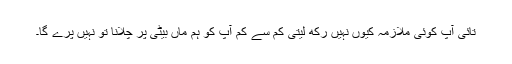
تائی آپ کوئی ملازمہ کیوں نہیں رکھ لیتی کم سے کم آپ کو ہم ماں بیٹی پر چلانا تو نہیں پرے گا۔